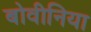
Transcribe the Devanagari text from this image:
बोवीनिया